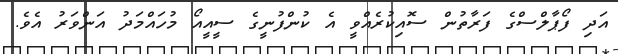
އަދި ފޯޕާލްސްގެ ފަރާތުން ސޮއިކުރެއްވީ އެ ކުންފުނީގެ ސީއީއޯ މުހައްމަދު އަންވަރު އެވެ.